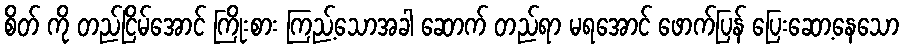
စိတ် ကို တည်ငြိမ်အောင် ကြိုးစား ကြည့်သောအခါ ဆောက် တည်ရာ မရအောင် ဖောက်ပြန် ပြေးဆော့နေသော